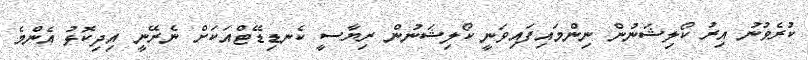
ކުރެވުނު އިރު ކޯލިޝަނުން ނިންމައިފައިވަނީ ކޯލިޝަނުން ރިޔާސީ ކެނޑިޑޭޓްއަކަށް ނެރޭނީ އިދިކޮޅު އެންމެ